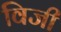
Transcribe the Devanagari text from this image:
विजी